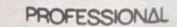
PROFESSIONAL